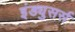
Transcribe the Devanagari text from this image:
इंड्युसर्स